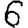
Digit: 6